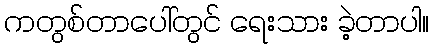
ကတွစ်တာပေါ်တွင် ရေးသား ခဲ့တာပါ။